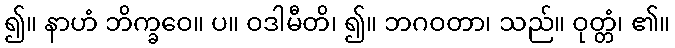
၍။ နာဟံ ဘိက္ခဝေ။ ပ။ ဝဒါမီတိ၊ ၍။ ဘဂဝတာ၊ သည်။ ဝုတ္တံ၊ ၏။